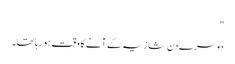
"
دوسرے دن شازیہ کے آنے کا وقت ہو رہا تھا۔